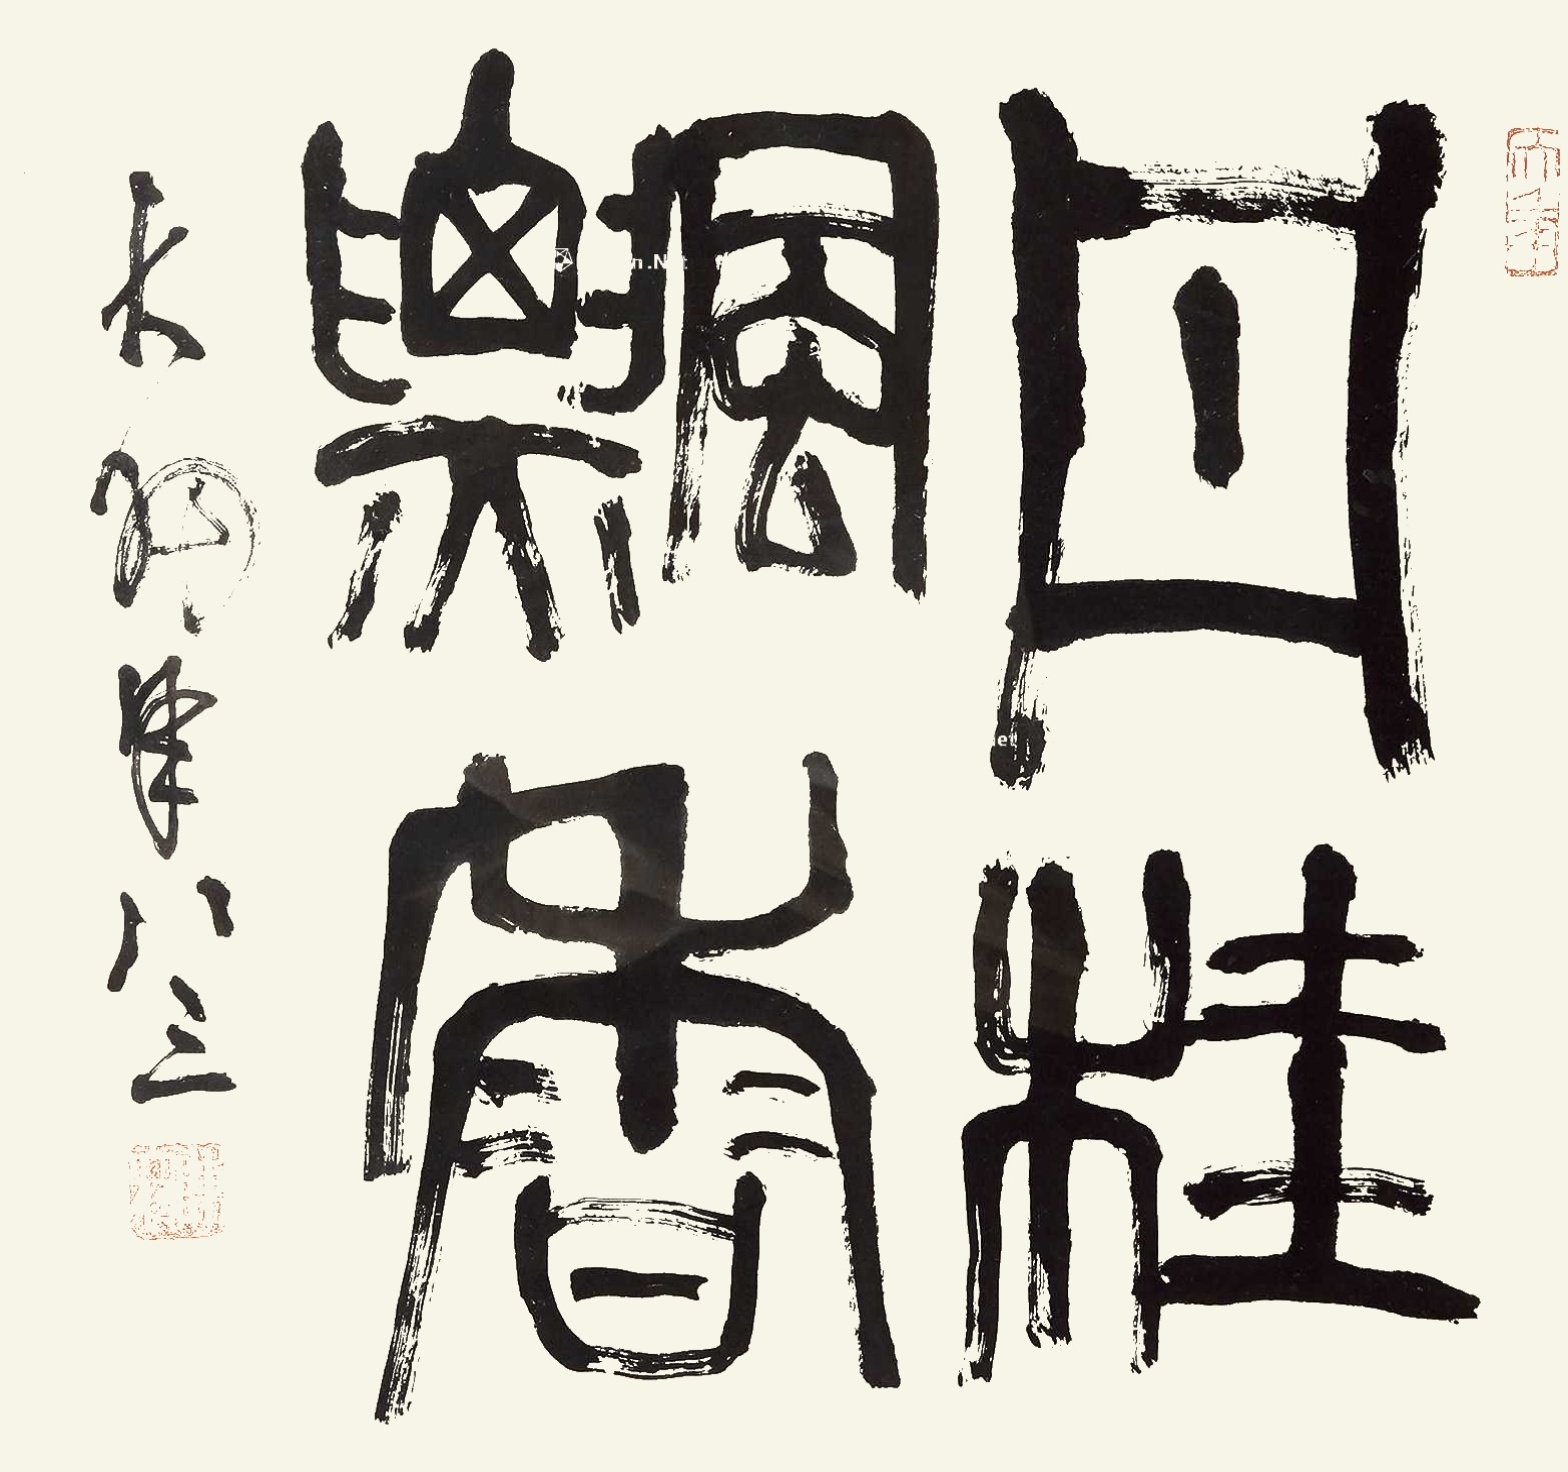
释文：丹桂飘香。大羽年八三。